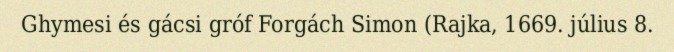
Ghymesi és gácsi gróf Forgách Simon (Rajka, 1669. július 8.